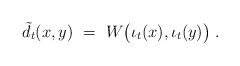
LaTeX: \begin{align*} \tilde d_t(x,y) ~=~ W\big(\iota_t(x),\iota_t(y)\big)\;.\end{align*}